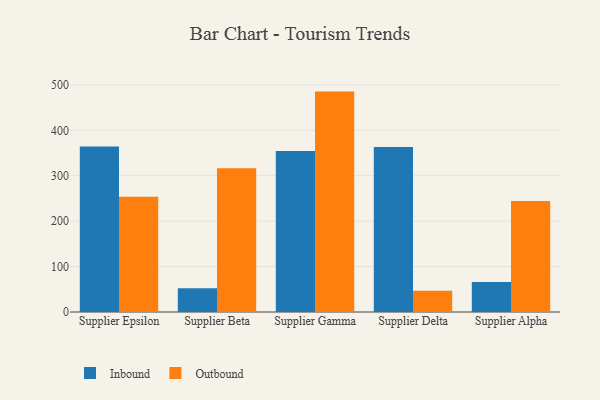
{"axis": {"x": "Supplier", "y": "Headcount"}, "legend": ["Inbound", "Outbound"], "data": [{"x": "Supplier Epsilon", "y": 364.3, "type": "Inbound"}, {"x": "Supplier Epsilon", "y": 253.9, "type": "Outbound"}, {"x": "Supplier Beta", "y": 52.2, "type": "Inbound"}, {"x": "Supplier Beta", "y": 316.6, "type": "Outbound"}, {"x": "Supplier Gamma", "y": 354.5, "type": "Inbound"}, {"x": "Supplier Gamma", "y": 485.2, "type": "Outbound"}, {"x": "Supplier Delta", "y": 363.1, "type": "Inbound"}, {"x": "Supplier Delta", "y": 46.8, "type": "Outbound"}, {"x": "Supplier Alpha", "y": 66.1, "type": "Inbound"}, {"x": "Supplier Alpha", "y": 244.5, "type": "Outbound"}]}